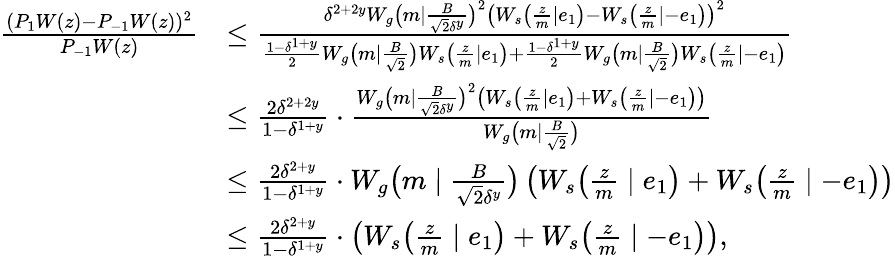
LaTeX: \begin{array}{rl}{\frac{(P_{1}W(z)-P_{-1}W(z))^{2}}{P_{-1}W(z)}}&{\leq\frac{\delta^{2+2y}W_{g}\big(m\mid\frac{B}{\sqrt{2}\delta^{y}}\big)^{2}\left(W_{s}\big(\frac{z}{m}\mid e_{1}\big)-W_{s}\big(\frac{z}{m}\mid-e_{1}\big)\right)^{2}}{\frac{1-\delta^{1+y}}{2}W_{g}\big(m\mid\frac{B}{\sqrt{2}}\big)W_{s}\big(\frac{z}{m}\mid e_{1}\big)+\frac{1-\delta^{1+y}}{2}W_{g}\big(m\mid\frac{B}{\sqrt{2}}\big)W_{s}\big(\frac{z}{m}\mid-e_{1}\big)}}\\ &{\leq\frac{2\delta^{2+2y}}{1-\delta^{1+y}}\cdot\frac{W_{g}\big(m\mid\frac{B}{\sqrt{2}\delta^{y}}\big)^{2}\left(W_{s}\big(\frac{z}{m}\mid e_{1}\big)+W_{s}\big(\frac{z}{m}\mid-e_{1}\big)\right)}{W_{g}\big(m\mid\frac{B}{\sqrt{2}}\big)}}\\ &{\leq\frac{2\delta^{2+y}}{1-\delta^{1+y}}\cdot W_{g}\big(m\mid\frac{B}{\sqrt{2}\delta^{y}}\big)\left(W_{s}\big(\frac{z}{m}\mid e_{1}\big)+W_{s}\big(\frac{z}{m}\mid-e_{1}\big)\right)}\\ &{\leq\frac{2\delta^{2+y}}{1-\delta^{1+y}}\cdot\left(W_{s}\big(\frac{z}{m}\mid e_{1}\big)+W_{s}\big(\frac{z}{m}\mid-e_{1}\big)\right),}\end{array}